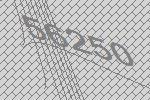
56250